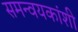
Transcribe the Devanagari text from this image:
समन्वयकांशी